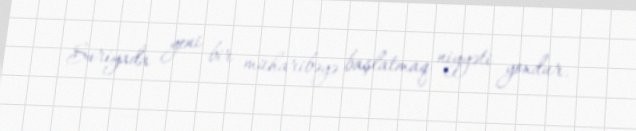
Suriyada yeni bir müharibəyə başlatmaq niyyəti yoxdur.